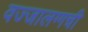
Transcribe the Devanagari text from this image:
वज्‍जालग्गची